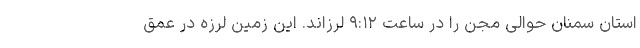
استان سمنان حوالی مجن را در ساعت ۹:۱۲ لرزاند. این زمین لرزه در عمق